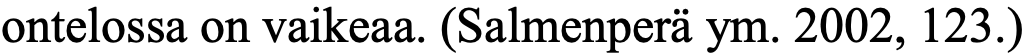
ontelossa on vaikeaa. (Salmenperä ym. 2002, 123.)